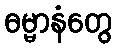
ဓမ္မာနံတွေ